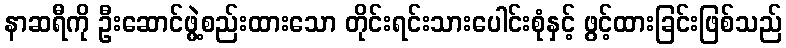
နာဆရီကို ဦးဆောင်ဖွဲ့စည်းထားသော တိုင်းရင်းသားပေါင်းစုံနှင့် ဖွင့်ထားခြင်းဖြစ်သည်